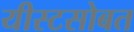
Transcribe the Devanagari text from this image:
यीस्टसोबत